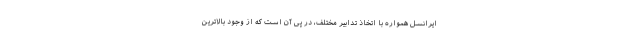
ایرانسل همواره با اتخاذ تدابیر مختلف، در پی آن است که از وجود بالاترین